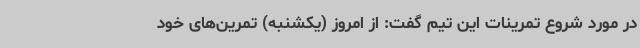
در مورد شروع تمرینات این تیم گفت: از امروز (یکشنبه) تمرین‌های خود